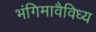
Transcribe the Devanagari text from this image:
भंगिमावैविध्य